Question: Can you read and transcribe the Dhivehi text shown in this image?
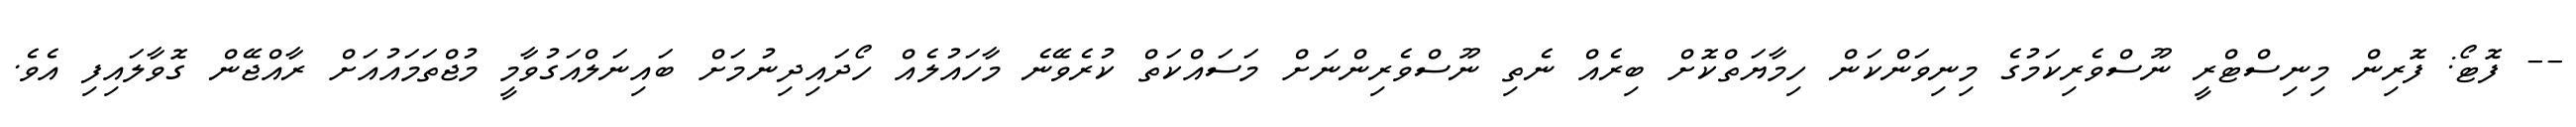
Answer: -- ފޮޓޯ: ފޮރިން މިނިސްޓްރީ ނޫސްވެރިކަމުގެ މިނިވަންކަން ހިމާޔަތްކޮށް ބިރެއް ނެތި ނޫސްވެރިންނަށް މަސައްކަތް ކުރެވޭނެ މާހައުލެއް ހޯދައިދިނުމަށް ބައިނަލްއަގުވާމީ މުޖްތަމައުއަށް ރާއްޖޭން ގޮވާލައިފި އެވެ.